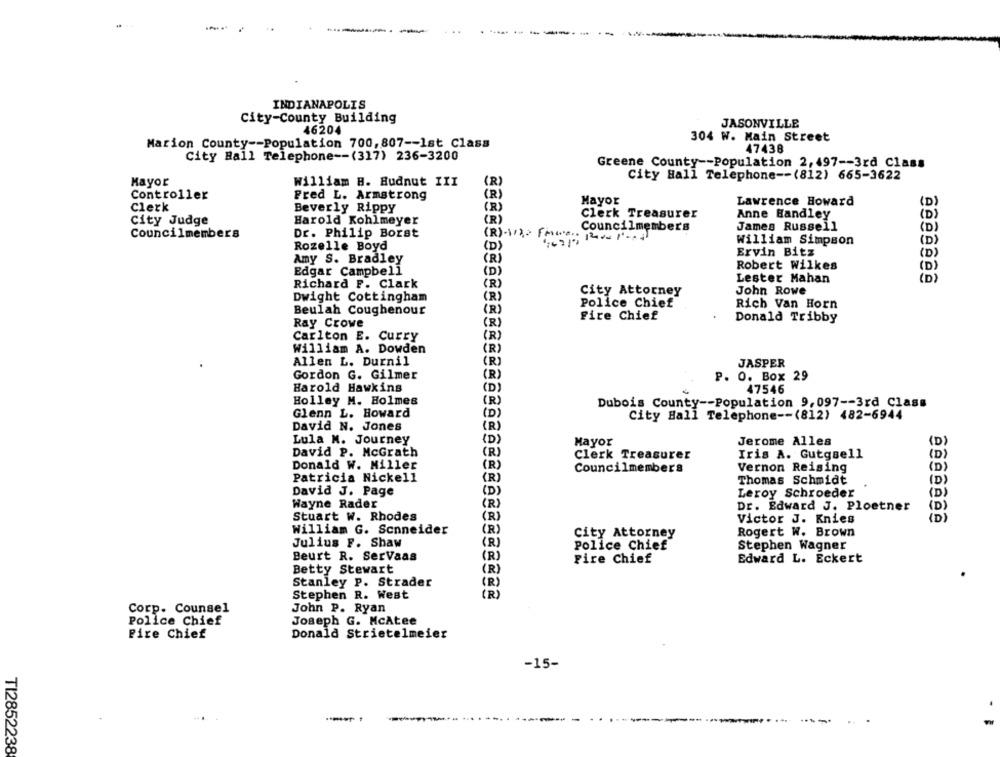
INDIANAPOLIS
City-County Building
JASONVILLE
46204
Marion County -- Population 700, 807 -- 1st Class
304 W. Main Street
47438
City Hall Telephone -- (317) 236-3200
Greene County -- Population 2, 497 -- 3rd Class
Mayor
(R)
City Hall Telephone -- (812) 665-3622
William B. Hudnut III
Controller
Fred L. Armstrong
(R)
Mayor
Lawrence Howard
(D
Clerk
Beverly Rippy
(R)
Clerk Treasurer
Anne Handley
( D)
City Judge
Harold Kohlmeyer
(R)
James Russell
(D)
Councilmembers
Dr. Philip Borst
Councilmembers
(R)-13 Free: 12
William Simpson
(D)
Rozelle Boyd
( D)
Ervin Bitz
(D)
Amy S. Bradley
(R)
Robert Wilkes
Edgar Campbell
(D)
(D)
Lester Mahan
(D)
Richard F. Clark
(R)
City Attorney
John Rowe
Dwight Cottingham
(R)
Police Chief
Rich Van Horn
Beulah Coughenour
(R)
Fire Chief
Donald Tribby
Ray Crowe
(R )
Carlton E. Curry
(R)
William A. Dowden
(R)
Allen L. Durnil
(R )
JASPER
Gordon G. Gilmer
(R)
P. O. Box 29
Harold Hawkins
(D)
47546
Holley M. Holmes
(R )
Dubois County -- Population 9,097 -- 3rd Class
Glenn L. Howard
( D )
City Hall Telephone -- (812) 482-6944
David N. Jones
( R )
Lula M. Journey
(D )
Mayor
Jerome Alles
(D)
David P. McGrath
(R)
Clerk Treasurer
Iris A. Gutgsell
(D)
Donald W. Miller
(R)
Councilmembers
Vernon Reising
(D)
Patricia Nickell
(R)
Thomas Schmidt
ID
David J. Page
( D)
Leroy Schroeder
Di
Wayne Rader
(R)
Dr. Edward J. Ploetner
(D )
Stuart w. Rhodes
(R)
Victor J. Knies
(D)
William G. Schneider
(R)
City Attorney
Rogert W. Brown
Julius F. Shaw
Police Chief
Stephen Wagner
(R)
Beurt R. Servaas
(R)
Fire Chief
Edward L. Eckert
Betty Stewart
(R)
Stanley P. Strader
(R)
Stephen R. West
( R)
Corp. Counsel
John P. Ryan
Police Chief
Joseph G. McAtee
Fire Chief
Donald Strietelmeier
-15-
---- -- --
TI2852238